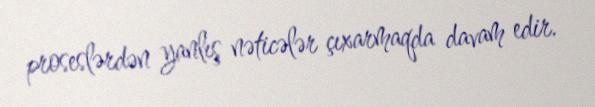
proseslərdən yanlış nəticələr çıxarmaqda davam edir.